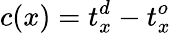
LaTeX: c(x)=t_{x}^{d}-t_{x}^{o}